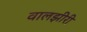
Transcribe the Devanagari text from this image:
वालझीरी